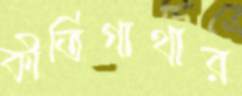
কীর্তিগাথার